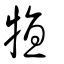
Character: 犆